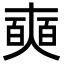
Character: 奭